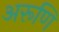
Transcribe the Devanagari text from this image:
अरूणि